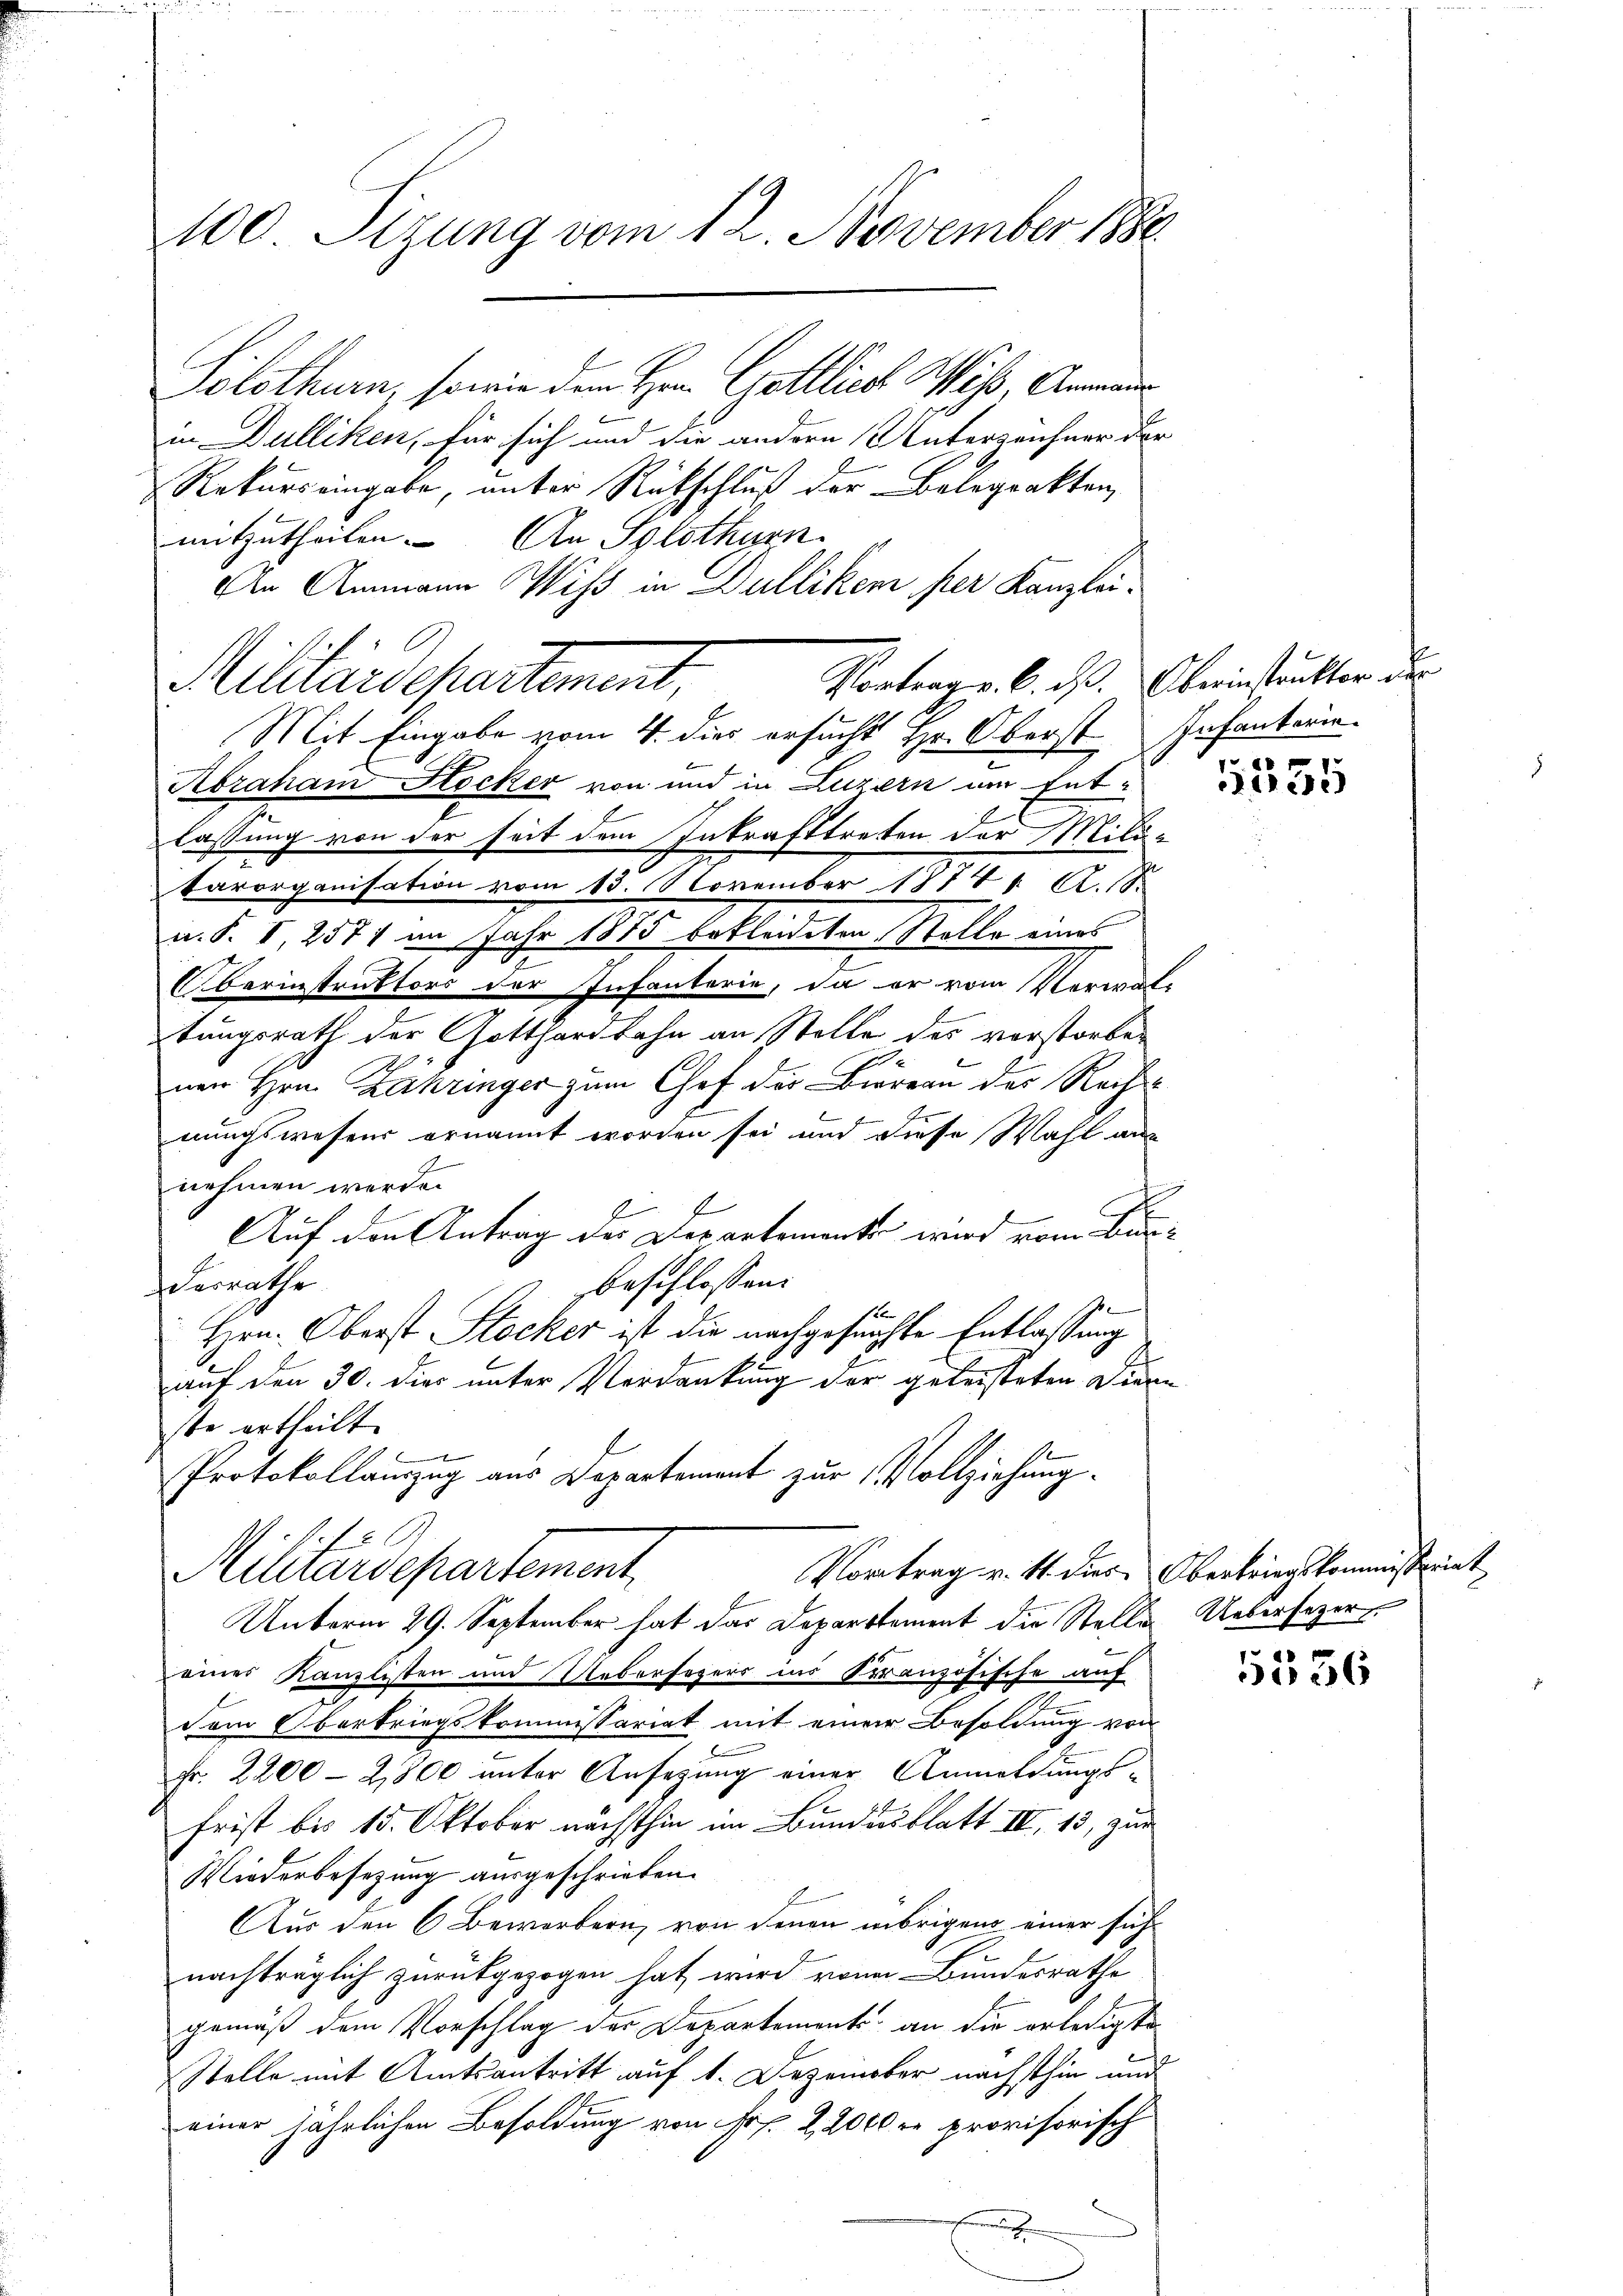
100 Sizung vom 12. November 1880.

Solothurn, sowie dem Hrn. Gottlich Wass, Anmande
in Dulliken, für sich und die andern Unterzeichner der
Rekurs eingabe, unter Rückschluß der Belegrakten,
mitzutheilen. An Solothurn
An Ammann Wiss in Dulliken per Kanzlei-
Mit Eingabe vom 4. dies ersucht Hr. Oberst Infanterie-
Abraham Socker von und in Luzern um Ent-
lassung von der seit dem Inkrafttreten der Milikarorganisation vom 13. November 18771. A. 18.
a. S. I, 2571 im Jahr 1875 bekleideten Stolle eines
Oberinstruktors der Infanterie, da er vom Verwal-
tungsrath der Gotthardbahn an Stelle des vorstorbe¬
J
nen Hrn. Zehringer zum Chef der Biereau der Recht
nungswesens ernannt worden sei und diese Wahl aus
nehmen werde.
Auf den Antrag des Departemente wird vom Bunbeschlossen:
Derrathe
1
Hrn. Oberst Stocker ist die nachgesuchte Entlassung
auf den 30. dies unter Verdankung der geleisteten Diern
ste ertheilt.
2
Protokollammzug aus Departement zur Vollziehung.
f
Vortrag v. 14. dies Oberkriegskommissariat
Aihrardepartement
Unterm 29. September hat das Departement die Stelle
eines Kanzlisten und Uebersagers ins Französische auf
dem Oberkriegskommissariat mit einer Besoldung von
Fr. 2200-2,800 unter Ansehung einer Anmeldungs-
frist bis 15. Oktober nächsthin im Bundesblatt III. 13, zur
Wiederbesezung ausgeschrieben.
Aus den 6 Bewerbern, von denen übrigens einer sich
nachträglich zurückgezogen hat, wird von Bundesrathe
gemäß dem Vorschlag der Departements an die erledigte
Stelle mit Amtsantritt auf 1. Dezember nächsthin und
einer jährlichen Besoldung von Fr. 2, 2000 re provisorisch

Militärdepartement, Vertrage b. I. Kleinstrukter des

ch

n

e

Uebersezer,

1536